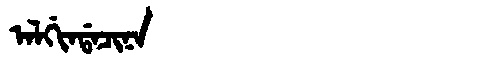
Manchu: ᠠᠯᡤᡳᠨᡩᠠᠴᡳᠨᠠ
Romanization: ALGINDACINA